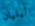
ليليان